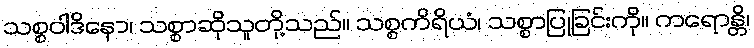
သစ္စဝါဒိနော၊ သစ္စာဆိုသူတို့သည်။ သစ္စကိရိယံ၊ သစ္စာပြုခြင်းကို။ ကရောန္တိ၊